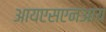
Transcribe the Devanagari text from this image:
आयएसएनआय